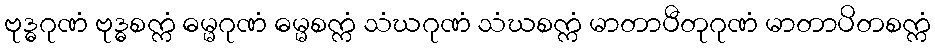
ဗုဒ္ဓဂုဏံ ဗုဒ္ဓစက္ကံ ဓမ္မဂုဏံ ဓမ္မစက္ကံ သံဃဂုဏံ သံဃစက္ကံ မာတာပီတုဂုဏံ မာတာပိတစက္ကံ